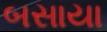
બસાયા